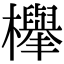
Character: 𣟱